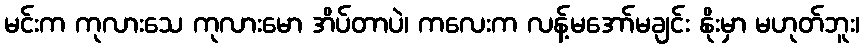
မင်းက ကုလားသေ ကုလားမော အိပ်တာပဲ၊ ကလေးက လန့်မအော်မချင်း နိုးမှာ မဟုတ်ဘူး၊